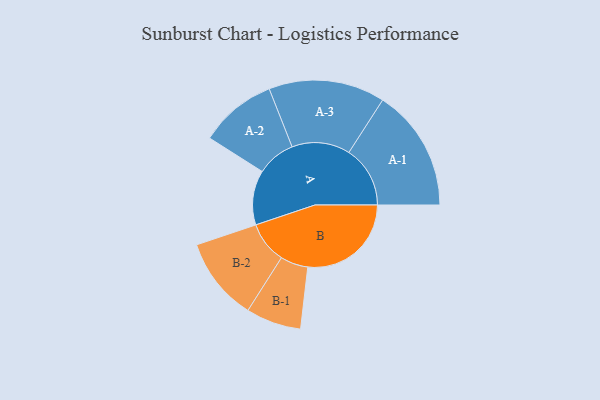
{"axis": {"x": "Segment", "y": "Value"}, "legend": ["", "A", "B"], "data": [{"x": "A", "y": 229, "type": ""}, {"x": "B", "y": 434, "type": ""}, {"x": "A-1", "y": 257, "type": "A"}, {"x": "A-2", "y": 162, "type": "A"}, {"x": "A-3", "y": 244, "type": "A"}, {"x": "B-1", "y": 116, "type": "B"}, {"x": "B-2", "y": 175, "type": "B"}]}